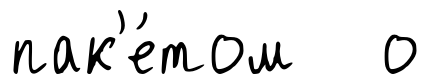
пак'е́том о